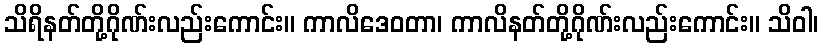
သိရိနတ်တို့ဂိုဏ်းလည်းကောင်း။ ကာလိဒေဝတာ၊ ကာလိနတ်တို့ဂိုဏ်းလည်းကောင်း။ သိဝါ၊